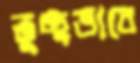
তুচ্ছভাবে